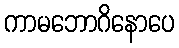
ကာမဘောဂိနောပေ